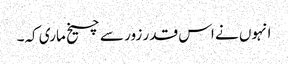
انہوں نے اس قدر زور سے چیخ ماری کہ۔